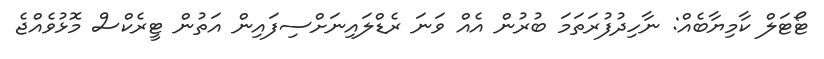
ޓޯޓަލް ކާމިޔާބެއް: ނާހިދުފުރަތަމަ ބުރުން އެއް ވަނަ ރެޑްލައިނަށްސިފައިން އަތުން ޓީރެކްސް މޮޅުވެއްޖެ